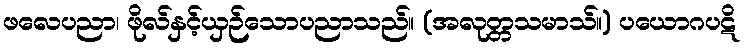
ဖလေပညာ၊ ဖိုလ်နှင့်ယှဉ်သောပညာသည်။ (အလုတ္တသမာသ်။) ပယောဂပဋိ